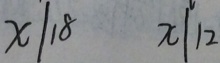
x / 1 8 x / 1 2